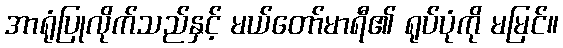
အာရုံပြုလိုက်သည်နှင့် မယ်တော်မာရီ၏ ရုပ်ပုံကို မမြင်။